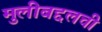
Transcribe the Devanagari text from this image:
मुलीबद्दलची